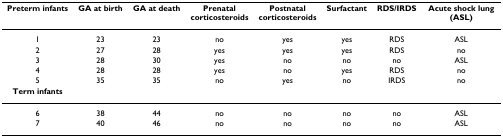
<table><thead><tr><td><b>Preterm infants</b></td><td><b>GA at birth</b></td><td><b>GA at death</b></td><td><b>Prenatal corticosteroids</b></td><td><b>Postnatal corticosteroids</b></td><td><b>Surfactant</b></td><td><b>RDS/IRDS</b></td><td><b>Acute shock lung (ASL)</b></td></tr></thead><tbody><tr><td>1</td><td>23</td><td>23</td><td>no</td><td>yes</td><td>yes</td><td>RDS</td><td>ASL</td></tr><tr><td>2</td><td>27</td><td>28</td><td>yes</td><td>yes</td><td>yes</td><td>RDS</td><td>no</td></tr><tr><td>3</td><td>28</td><td>30</td><td>yes</td><td>no</td><td>no</td><td>no</td><td>ASL</td></tr><tr><td>4</td><td>28</td><td>28</td><td>yes</td><td>no</td><td>yes</td><td>RDS</td><td>no</td></tr><tr><td>5</td><td>35</td><td>35</td><td>no</td><td>yes</td><td>no</td><td>IRDS</td><td>no</td></tr><tr><td><b>Term infants</b></td><td></td><td></td><td></td><td></td><td></td><td></td><td></td></tr><tr><td>6</td><td>38</td><td>44</td><td>no</td><td>no</td><td>no</td><td>no</td><td>ASL</td></tr><tr><td>7</td><td>40</td><td>46</td><td>no</td><td>no</td><td>no</td><td>no</td><td>ASL</td></tr></tbody></table>